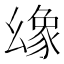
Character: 𢇐